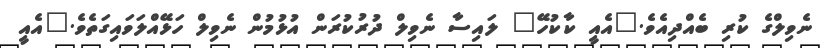
ނެވިލްގެ ކުރި ބެއްދިއެވެ."އެއީ ކާކުހޭ" ލައިސާ ނެވިލް ދުރުކުރަން އުޅުމުން ނެވިލް ހަޅޭއްލަވައިގަތެވެ."އެއީ